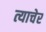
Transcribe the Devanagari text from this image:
त्याचेर